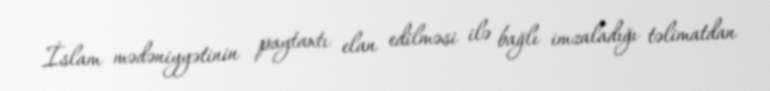
İslam mədəniyyətinin paytaxtı elan edilməsi ilə bağlı imzaladığı təlimatdan